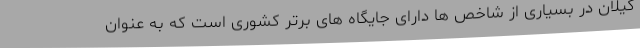
گیلان در بسیاری از شاخص ها دارای جایگاه های برتر کشوری است که به عنوان